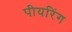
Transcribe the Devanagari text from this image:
पीयरिंग